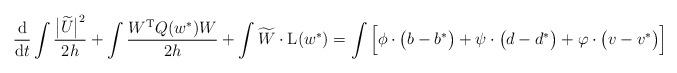
LaTeX: \begin{align*}\frac{{\rm d}}{{\rm d}t}\int\frac{\big|\widetilde{U}\big|^2}{2h} + \int\frac{W^{\rm T}Q(w^*)W}{2h} +\int\widetilde{W}\cdot\mathrm{L}(w^*) = \int\Big[\phi\cdot \big(b-b^*\big) +\psi\cdot \big(d-d^*\big) + \varphi\cdot \big(v-v^*\big) \Big]\end{align*}